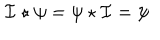
{ \cal I } \star \psi = \psi \star { \cal I } = \psi